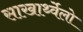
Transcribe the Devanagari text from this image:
साखार्थ्वेलो